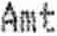
AMT